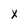
Character: x